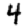
Digit: 4